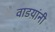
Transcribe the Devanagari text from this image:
वाडय़ांनी